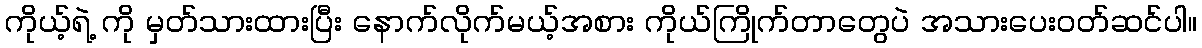
ကိုယ့်ရဲ့ ကို မှတ်သားထားပြီး နောက်လိုက်မယ့်အစား ကိုယ်ကြိုက်တာတွေပဲ အသားပေးဝတ်ဆင်ပါ။